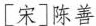
[宋]陈善